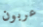
عربون